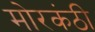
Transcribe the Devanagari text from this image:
मोरकंठी